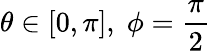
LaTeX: \theta\in[0,\pi],\; \phi=\frac{\pi}{2}